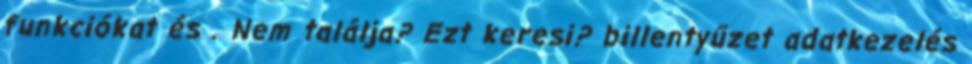
funkciókat és . Nem találja? Ezt keresi? billentyűzet adatkezelés